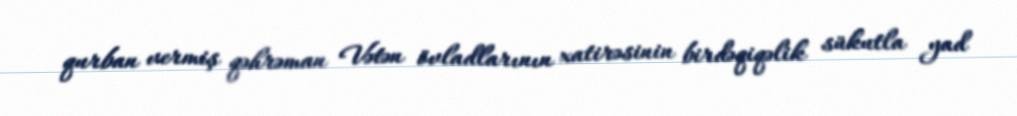
qurban vermiş qəhrəman Vətən övladlarının xatirəsinin birdəqiqəlik sükutla yad